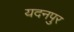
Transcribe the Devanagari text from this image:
यदनपुर